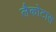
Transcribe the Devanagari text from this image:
लैकोटास